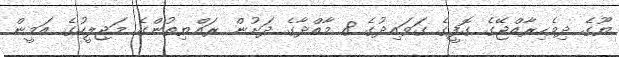
ޔޫގެ ދިވެހިރާއްޖޭގެ ގޮފީގެ ގަވައިދުގެ 8 މާއްދާގެ ދަށުން ރައްޔިތުންގެ މަޖިލީހުގެ އަމީން